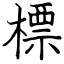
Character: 標